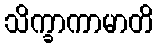
သိက္ခာကာမာတိ